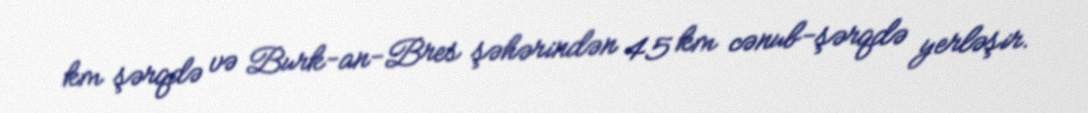
km şərqdə və Burk-an-Bres şəhərindən 45 km cənub-şərqdə yerləşir.